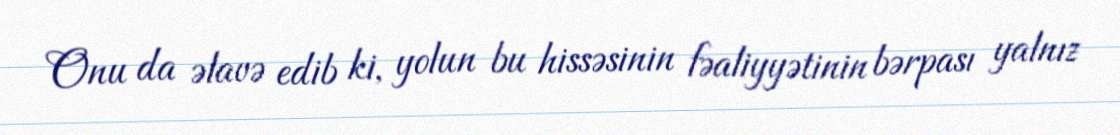
Onu da əlavə edib ki, yolun bu hissəsinin fəaliyyətinin bərpası yalnız